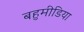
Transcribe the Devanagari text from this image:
बहुमीडिया